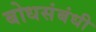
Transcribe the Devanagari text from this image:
बोधसंबंधी